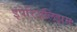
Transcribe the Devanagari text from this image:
इंपेरिॲलिझम